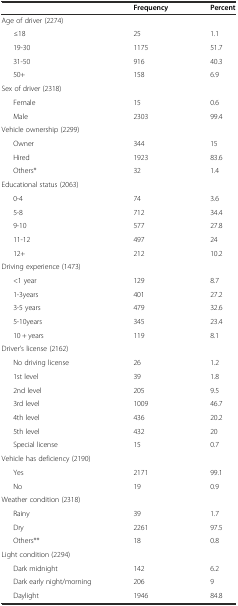
|  | Frequency | Percent |
 | --- | --- | --- |
 | Age of driver (2274) |  |  |
 | ≤18 | 25 | 1.1 |
 | 19-30 | 1175 | 51.7 |
 | 31-50 | 916 | 40.3 |
 | 50+ | 158 | 6.9 |
 | Sex of driver (2318) |  |  |
 | Female | 15 | 0.6 |
 | Male | 2303 | 99.4 |
 | Vehicle ownership (2299) |  |  |
 | Owner | 344 | 15 |
 | Hired | 1923 | 83.6 |
 | Others* | 32 | 1.4 |
 | Educational status (2063) |  |  |
 | 0-4 | 74 | 3.6 |
 | 5-8 | 712 | 34.4 |
 | 9-10 | 577 | 27.8 |
 | 11-12 | 497 | 24 |
 | 12+ | 212 | 10.2 |
 | Driving experience (1473) |  |  |
 | <1 year | 129 | 8.7 |
 | 1-3years | 401 | 27.2 |
 | 3-5 years | 479 | 32.6 |
 | 5-10years | 345 | 23.4 |
 | 10 + years | 119 | 8.1 |
 | Driver’s license (2162) |  |  |
 | No driving license | 26 | 1.2 |
 | 1st level | 39 | 1.8 |
 | 2nd level | 205 | 9.5 |
 | 3rd level | 1009 | 46.7 |
 | 4th level | 436 | 20.2 |
 | 5th level | 432 | 20 |
 | Special license | 15 | 0.7 |
 | Vehicle has deficiency (2190) |  |  |
 | Yes | 2171 | 99.1 |
 | No | 19 | 0.9 |
 | Weather condition (2318) |  |  |
 | Rainy | 39 | 1.7 |
 | Dry | 2261 | 97.5 |
 | Others** | 18 | 0.8 |
 | Light condition (2294) |  |  |
 | Dark midnight | 142 | 6.2 |
 | Dark early night/morning | 206 | 9 |
 | Daylight | 1946 | 84.8 |